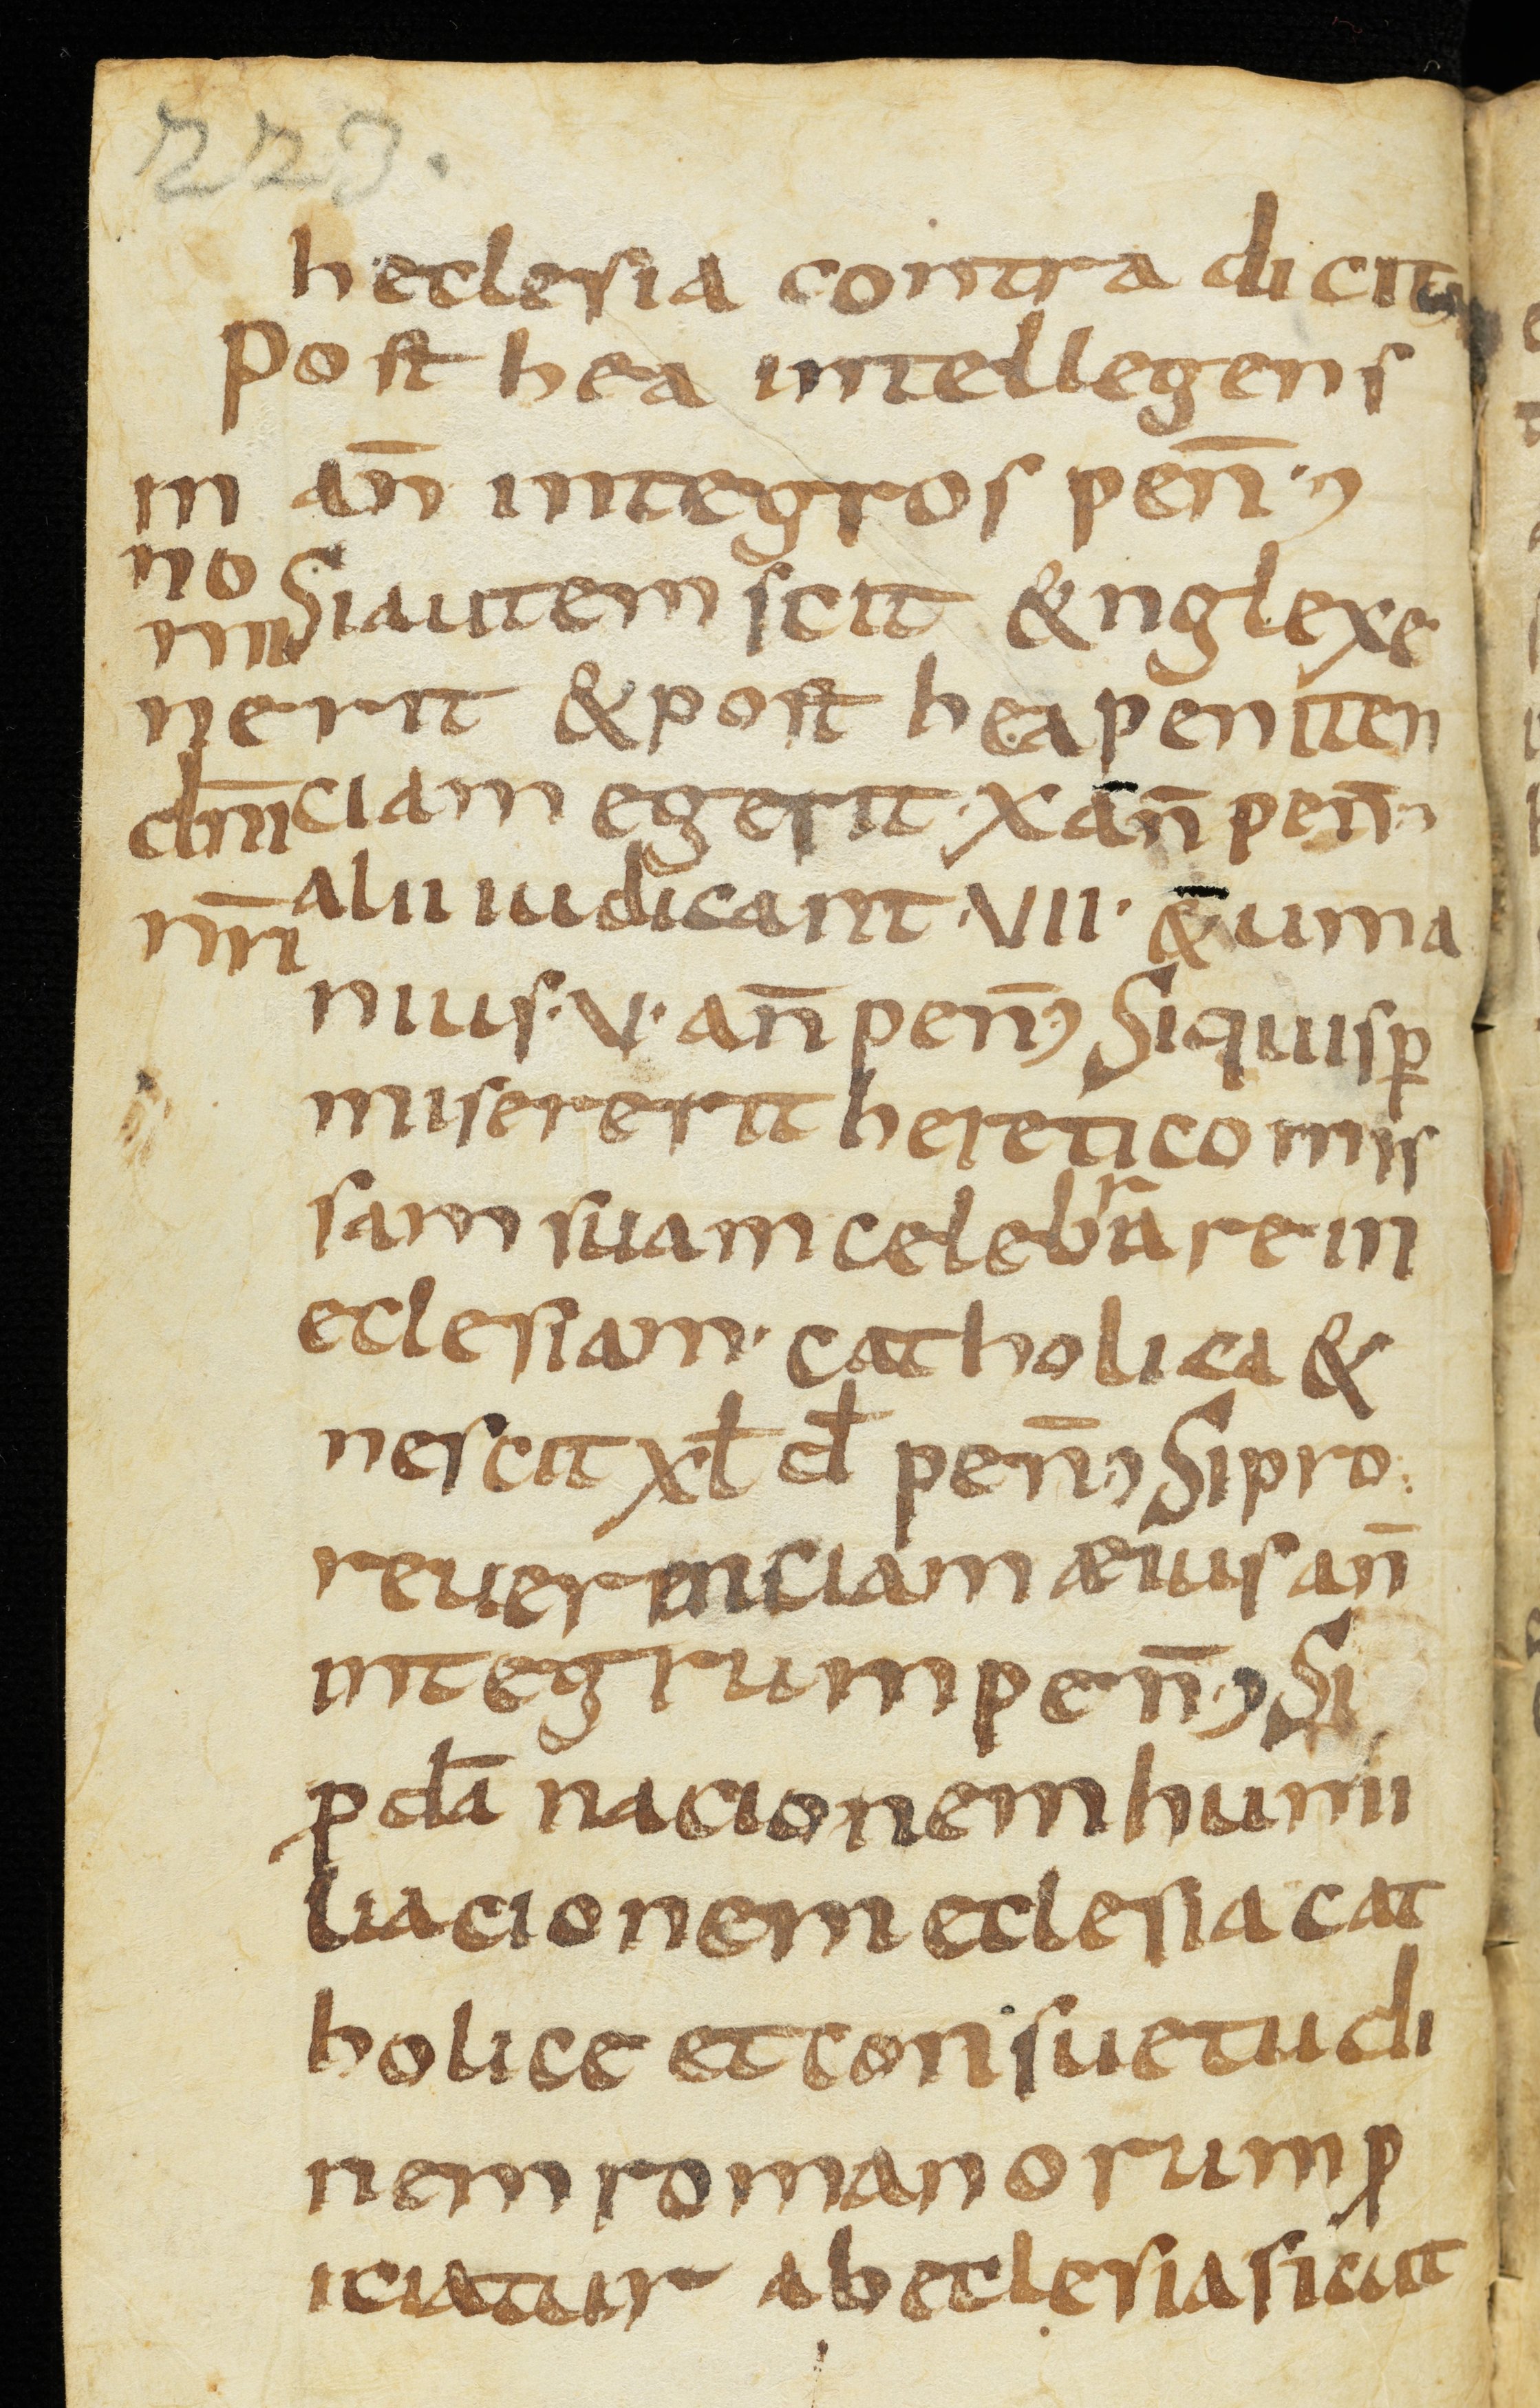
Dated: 850–899